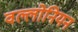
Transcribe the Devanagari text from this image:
वल्लोनियन